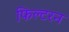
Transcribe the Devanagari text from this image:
फिल्टरन